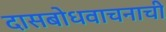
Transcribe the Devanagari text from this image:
दासबोधवाचनाची